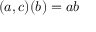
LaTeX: ( a , c ) ( b ) = a b